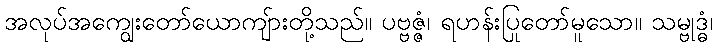
အလုပ်အကျွေးတော်ယောကျ်ားတို့သည်။ ပဗ္ဗဇ္ဇံ၊ ရဟန်းပြုတော်မူသော။ သမ္ဗုဒ္ဓံ၊